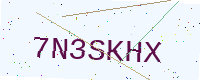
Text: 7N3SKHX